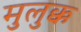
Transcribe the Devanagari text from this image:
मुलुक्क